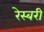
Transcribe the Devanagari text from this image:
रेस्बरी